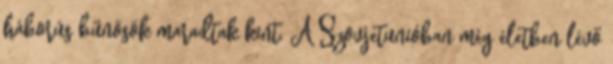
háborús bűnösök maradtak kint. A Szovjetunióban még életben lévő